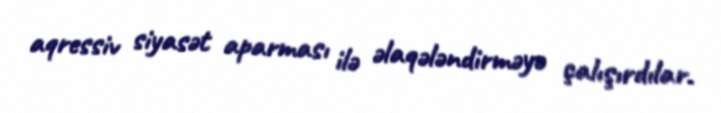
aqressiv siyasət aparması ilə əlaqələndirməyə çalışırdılar.